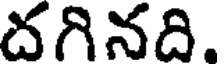
దగినది.